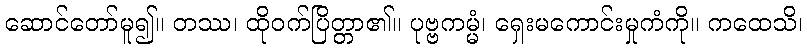
ဆောင်တော်မူ၍။ တဿ၊ ထိုဝက်ပြိတ္တာ၏။ ပုဗ္ဗကမ္မံ၊ ရှေးမကောင်းမှုကံကို။ ကထေသိ၊